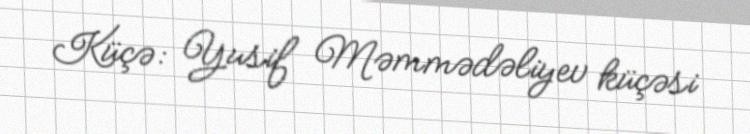
Küçə: Yusif Məmmədəliyev küçəsi